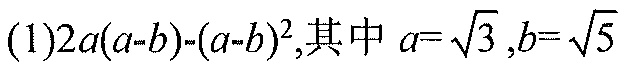
(1)\(2a(a - b)-(a - b)^{2}\),其中\(a = \sqrt{3}\),\(b = \sqrt{5}\)